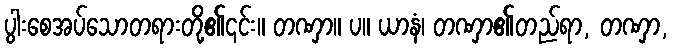
ပွါးစေအပ်သောတရားတို့၏၎င်း။ တဏှာ။ ပ။ ယာနံ၊ တဏှာ၏တည်ရာ, တဏှာ,